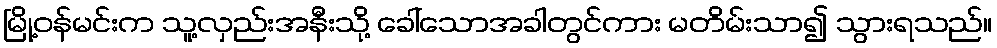
မြို့ဝန်မင်းက သူ့လှည်းအနီးသို့ ခေါ်သောအခါတွင်ကား မတိမ်းသာ၍ သွားရသည်။